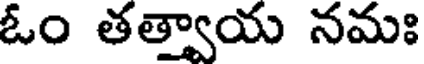
ఓం తత్త్వాయ నమః